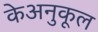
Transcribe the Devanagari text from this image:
केअनुकूल